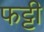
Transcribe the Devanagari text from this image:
फट्टी